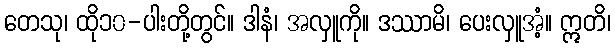
တေသု၊ ထို၁၀-ပါးတို့တွင်။ ဒါနံ၊ အလှူကို။ ဒဿာမိ၊ ပေးလှူအံ့။ ဣတိ၊